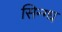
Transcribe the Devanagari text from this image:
सिन्ग्ध